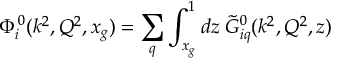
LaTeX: \Phi _ { i } ^ { 0 } ( k ^ { 2 } , Q ^ { 2 } , x _ { g } ) = \sum _ { q } \int _ { x _ { g } } ^ { 1 } d z \; \tilde { G } _ { i q } ^ { 0 } ( k ^ { 2 } , Q ^ { 2 } , z )